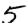
Digit: 5